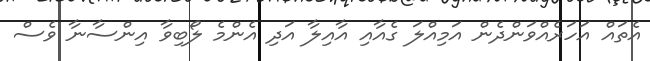
އެތައް އަހަރެއްވަންދެން އަމިއްލަ ގެއާއި އާއިލާ އަދި އެންމެ ލޯބިވާ އިންސާނާ ވެސް